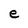
Character: e